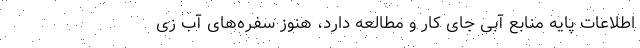
اطلاعات پایه منابع آبی جای کار و مطالعه دارد، هنوز سفره‌های آب زی